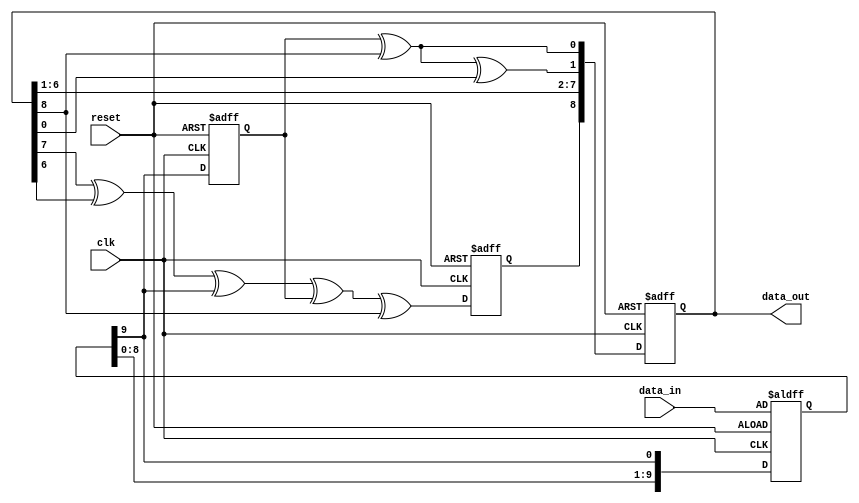
`timescale 1ns / 1ps
//////////////////////////////////////////////////////////////////////////////////
// Company: 
// Engineer: 
// 
// Design Name: 
// Module Name:    crc_2_level 
// Project Name: 
// Target Devices: 
// Tool versions: 
// Description: 
//
// Dependencies: 
//
// Revision: 
// Revision 0.01 - File Created
// Additional Comments: 
//
//////////////////////////////////////////////////////////////////////////////////

//Verilog code for generator polynomial 1+y+y8+y9 with 2 level pipelining
//Serial CRC circuit 2 level pipelining


module crc_2_level_pipeline(clk,reset,data_in,data_out);

input clk,reset;
input [9:0] data_in ;
output reg [8:0] data_out;
reg [9:0] data_reg;
reg d1,d2;

always @(posedge clk or posedge reset)
begin
if(reset)
	begin
	data_out <= 0;
	$display("1  data_out = %b ",data_out);
	data_reg <= data_in;
	$display("1  data_in = %b ",data_reg);
	d1 <= 0;
	d2 <= 0;
	end
else
	begin
		
		d1 <= data_reg[9];
		data_out[0] <= d1^data_out[8];
		data_out[1] <= d1^data_out[8]^data_out[0];
		data_out[2] <= data_out[1];
		data_out[3] <= data_out[2];
		data_out[4] <= data_out[3];
		data_out[5] <= data_out[4];
		data_out[6] <= data_out[5];
		data_out[7] <= data_out[6];
		d2 <= data_out[7]^data_out[6]^data_reg[9]^d1^data_out[8];
		data_out[8] <= d2;
		
		//data_reg <= data_reg<<1;
		data_reg <= {data_reg[8:0],data_reg[9]};
		
		$display($time," output = %b ",data_out);
		//out <= {data_out[0],data_out[1],data_out[2],data_out[3],data_out[4],data_out[5],data_out[6],data_out[7],data_out[8]};
		
		//$display($time," output = %b%b%b%b%b%b%b%b%b ",data_out[0],data_out[1],data_out[2],data_out[3],data_out[4],data_out[5],data_out[6],data_out[7],data_out[8]);
		
	end
	//out <= ~data_out;
	//$display("2  out = %b ",out);
end

endmodule